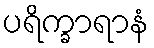
ပရိက္ခာရာနံ